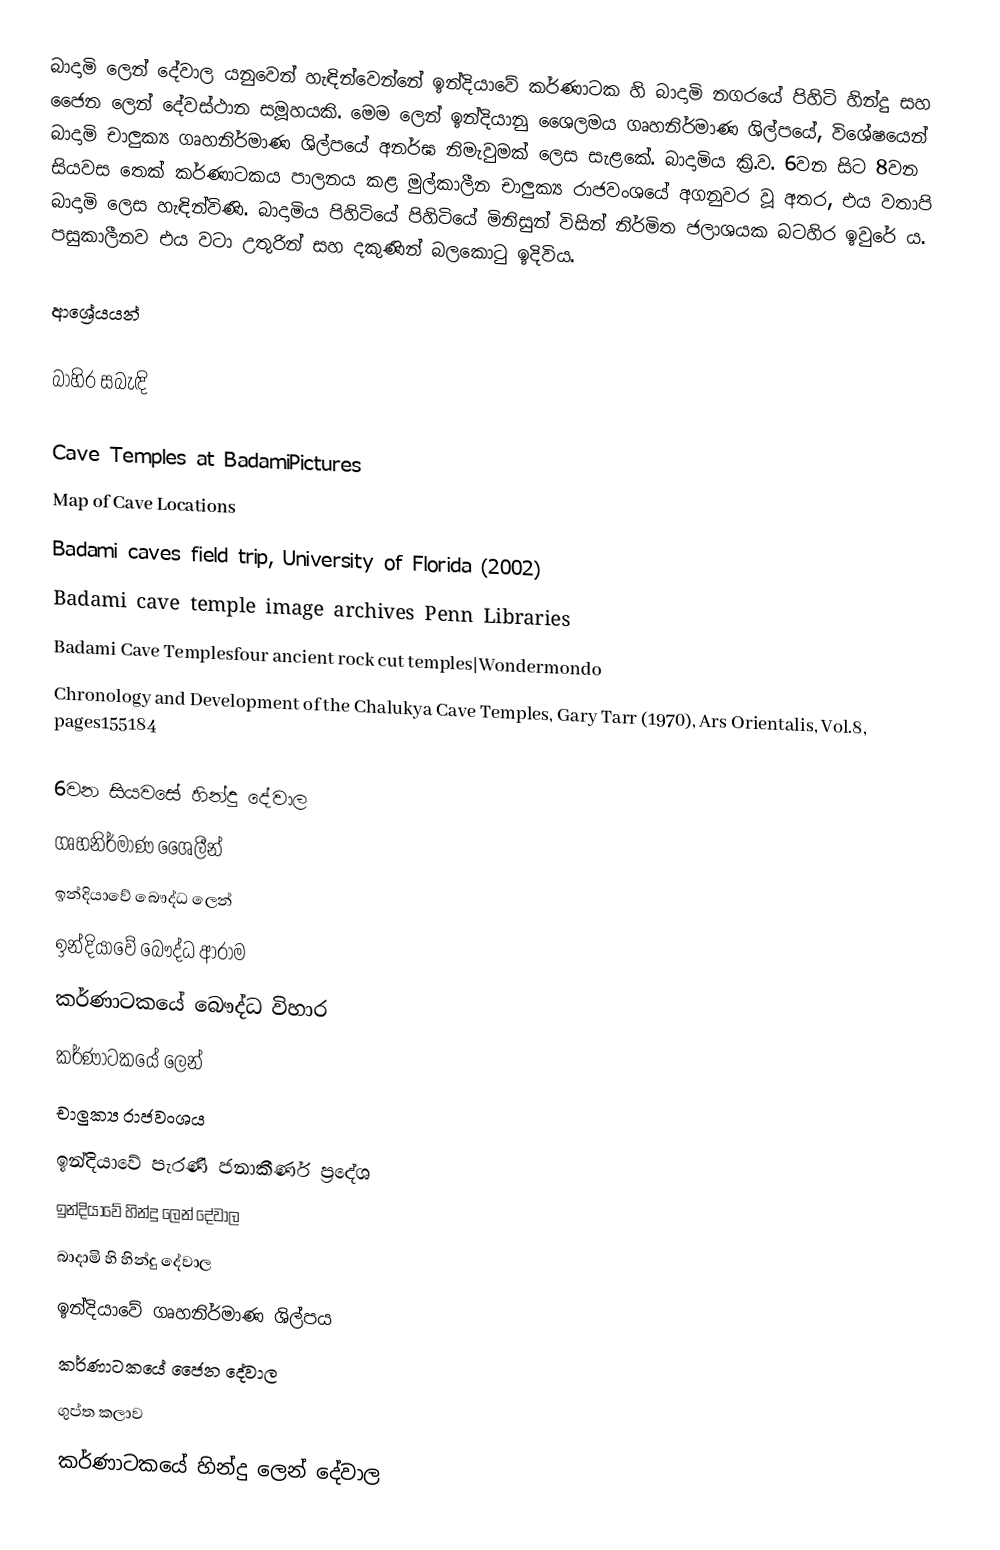
බාදාමි ලෙන් දේවාල යනුවෙන් හැඳින්වෙන්නේ ඉන්දියාවේ කර්ණාටක හි බාදාමි නගරයේ පිහිටි හින්දු සහ ජෛන ලෙන් දේවස්ථාන සමූහයකි. මෙම ලෙන් ඉන්දියානු ශෛලමය ගෘහනිර්මාණ ශිල්පයේ, විශේෂයෙන් බාදාමි චාලුක්‍ය ගෘහනිර්මාණ ශිල්පයේ අනර්ඝ නිමැවුමක් ලෙස සැළකේ. බාදාමිය ක්‍රි.ව. 6වන සිට 8වන සියවස තෙක් කර්ණාටකය පාලනය කළ මුල්කාලීන චාලුක්‍ය රාජවංශයේ අගනුවර වූ අතර, එය වතාපි බාදාමි ලෙස හැඳින්විණි. බාදාමිය පිහිටියේ පිහිටියේ මිනිසුන් විසින් නිර්මිත ජලාශයක බටහිර ඉවුරේ ය. පසුකාලීනව එය වටා උතුරින් සහ දකුණින් බලකොටු ඉදිවිය.

ආශ්‍රේයයන්

බාහිර සබැඳි

 Cave Temples at BadamiPictures
 Map of Cave Locations
 Badami caves field trip, University of Florida (2002)
 Badami cave temple image archives Penn Libraries
 Badami Cave Templesfour ancient rock cut temples|Wondermondo
 Chronology and Development of the Chalukya Cave Temples, Gary Tarr (1970), Ars Orientalis, Vol.8, pages155184

6වන සියවසේ හින්දු දේවාල
ගෘහනිර්මාණ ශෛලීන්
ඉන්දියාවේ බෞද්ධ ලෙන්
ඉන්දියාවේ බෞද්ධ ආරාම
කර්ණාටකයේ බෞද්ධ විහාර
කර්ණාටකයේ ලෙන්
චාලුක්‍ය රාජවංශය
ඉන්දියාවේ පැරණි ජනාකීර්ණ ප්‍රදේශ
ඉන්දියාවේ හින්දු ලෙන් දේවාල
බාදාමි හි හින්දු දේවාල
ඉන්දියාවේ ගෘහනිර්මාණ ශිල්පය
කර්ණාටකයේ ජෛන දේවාල
ගුප්ත කලාව
කර්ණාටකයේ හින්දු ලෙන් දේවාල